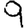
Digit: 9